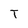
Character: T